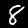
Label: 8